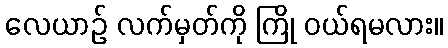
လေယာဉ် လက်မှတ်ကို ကြို ဝယ်ရမလား။